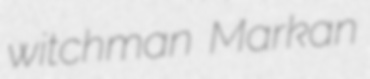
witchman Markan